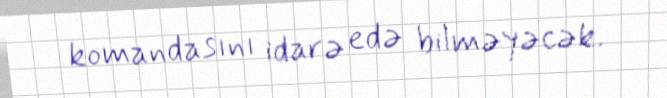
komandasını idarə edə bilməyəcək.